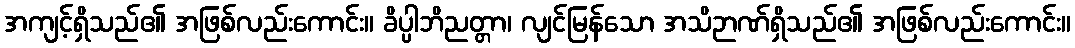
အကျင့်ရှိသည်၏ အဖြစ်လည်းကောင်း။ ခိပ္ပါဘိညတ္တာ၊ လျင်မြန်သော အသိဉာဏ်ရှိသည်၏ အဖြစ်လည်းကောင်း။